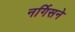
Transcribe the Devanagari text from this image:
नर्गिसने